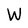
Character: W